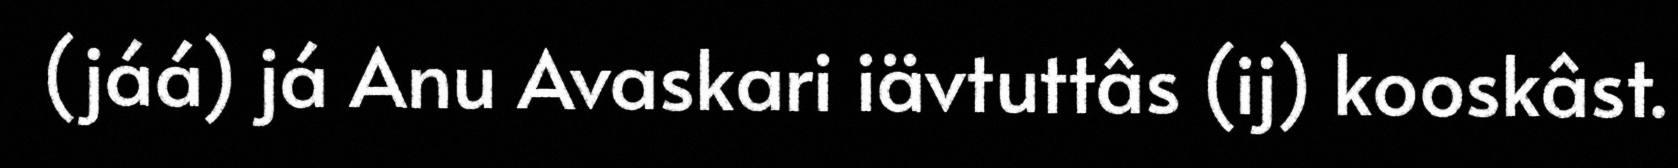
(jáá) já Anu Avaskari iävtuttâs (ij) kooskâst.